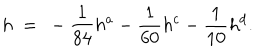
h ~ = ~ - \frac { 1 } { 8 4 } h ^ { a } - \frac { 1 } { 6 0 } h ^ { c } - \frac { 1 } { 1 0 } h ^ { d } .